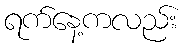
ရက်နေ့ကလည်း